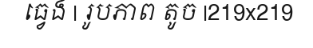
ធ្វេង | រូបភាព តូច |219x219